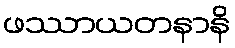
ဖဿာယတနာနိ